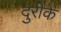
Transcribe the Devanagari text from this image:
दुरीके